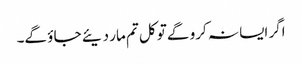
اگر ایسا نہ کرو گے تو کل تم مار دیئے جا ؤ گے۔